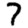
Digit: 7